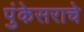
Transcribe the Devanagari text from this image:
पुंकेसराचे